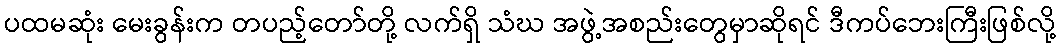
ပထမဆုံး မေးခွန်းက တပည့်တော်တို့ လက်ရှိ သံဃ အဖွဲ့အစည်းတွေမှာဆိုရင် ဒီကပ်ဘေးကြီးဖြစ်လို့